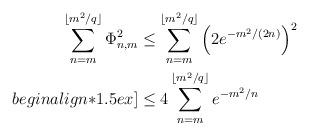
LaTeX: \begin{align*} \sum_{n=m}^{\lfloor m^2/q \rfloor} \Phi_{n,m}^2 & \leq \sum_{n=m}^{\lfloor m^2/q \rfloor} \left( 2 e^{-m^2/(2n)} \right)^2 \\begin{align*}1.5ex]& \leq 4 \sum_{n=m}^{\lfloor m^2/q \rfloor} e^{-m^2/n} \end{align*}